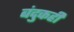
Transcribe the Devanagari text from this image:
बंदुकही